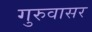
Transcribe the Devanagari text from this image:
गुरुवासर